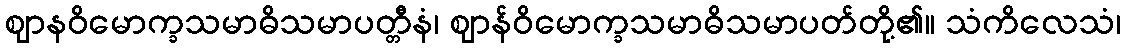
ဈာနဝိမောက္ခသမာဓိသမာပတ္တီနံ၊ ဈာန်ဝိမောက္ခသမာဓိသမာပတ်တို့၏။ သံကိလေသံ၊